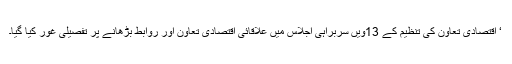
‘ اقتصادی تعاون کی تنظیم کے 13ویں سربراہی اجلاس میں علاقائی اقتصادی تعاون اور روابط بڑھانے پر تفصیلی غور کیا گیا۔